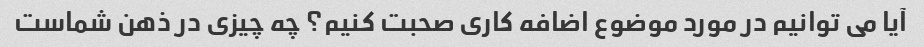
آیا می توانیم در مورد موضوع اضافه کاری صحبت کنیم؟ چه چیزی در ذهن شماست